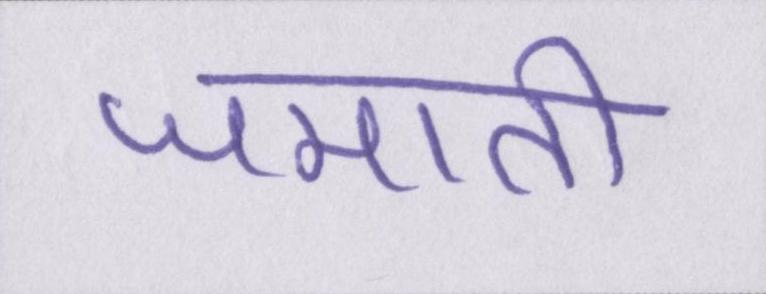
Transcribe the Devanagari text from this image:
जमाती